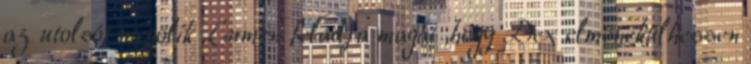
az utolsót megölik Lumen feladja magát ,hogy Dex elmenekülhessen